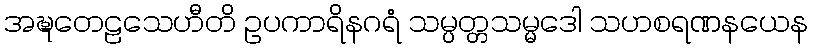
အဍ္ဎတေဠသေဟီတိ ဥပကာရိနဂရံ သမ္ပတ္တသမ္မဒေါ သဟစရဏနယေန